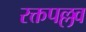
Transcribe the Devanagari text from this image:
रक्तपल्लव